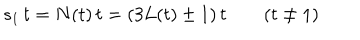
LaTeX: s _ { 1 } \, t = N ( t ) \, t = ( 3 L ( t ) \pm 1 ) \, t \qquad ( t \neq 1 )